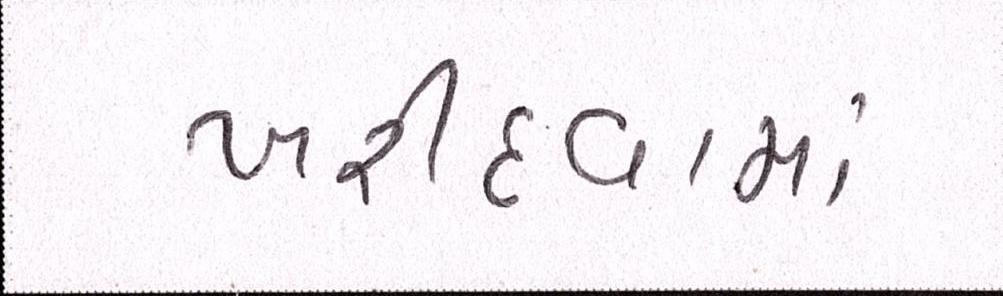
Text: ખરીદવામાં